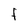
Character: F